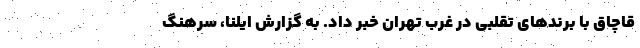
قاچاق با برندهای تقلبی در غرب تهران خبر داد. به گزارش ایلنا، سرهنگ